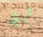
ثري